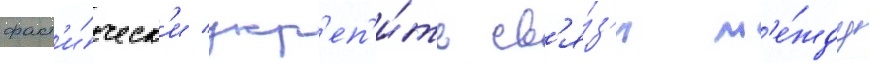
факт'и́ческ'и укр'еп'и́ть св'я́з'и м'е́жду